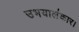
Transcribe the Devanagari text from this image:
उभयालंकार।